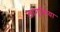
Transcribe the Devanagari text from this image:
लागूकिया